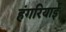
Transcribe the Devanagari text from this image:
हंगरियाई